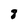
Character: 8